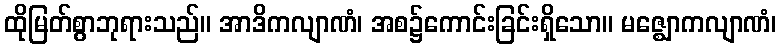
ထိုမြတ်စွာဘုရားသည်။ အာဒိကလျာဏံ၊ အစ၌ကောင်းခြင်းရှိသော။ မဇ္ဈောကလျာဏံ၊